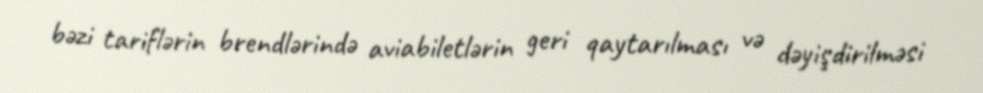
bəzi tariflərin brendlərində aviabiletlərin geri qaytarılması və dəyişdirilməsi